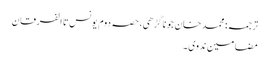
ترجمہ: محمد خان جوناگڑھی، حصہ دوم یونس تا الفرقان
مضامینِ ندوی ۔